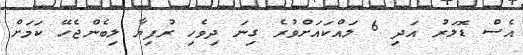
އެސް ޑޮލަރު އަދި 6 ލައްކައަށްވުރެ ގިނަ ދިވެހި ރުފިޔާ ލިބެންޖެހޭ ކަމަށް